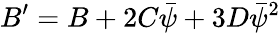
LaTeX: B^{\prime}=B+2C\bar{\psi}+3D\bar{\psi}^{2}